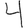
Digit: 4